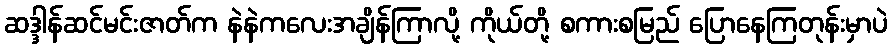
ဆဒ္ဒါန်ဆင်မင်းဇာတ်က နဲနဲကလေးအချိန်ကြာလို့ ကိုယ်တို့ စကားစမြည် ပြောနေကြတုန်းမှာပဲ